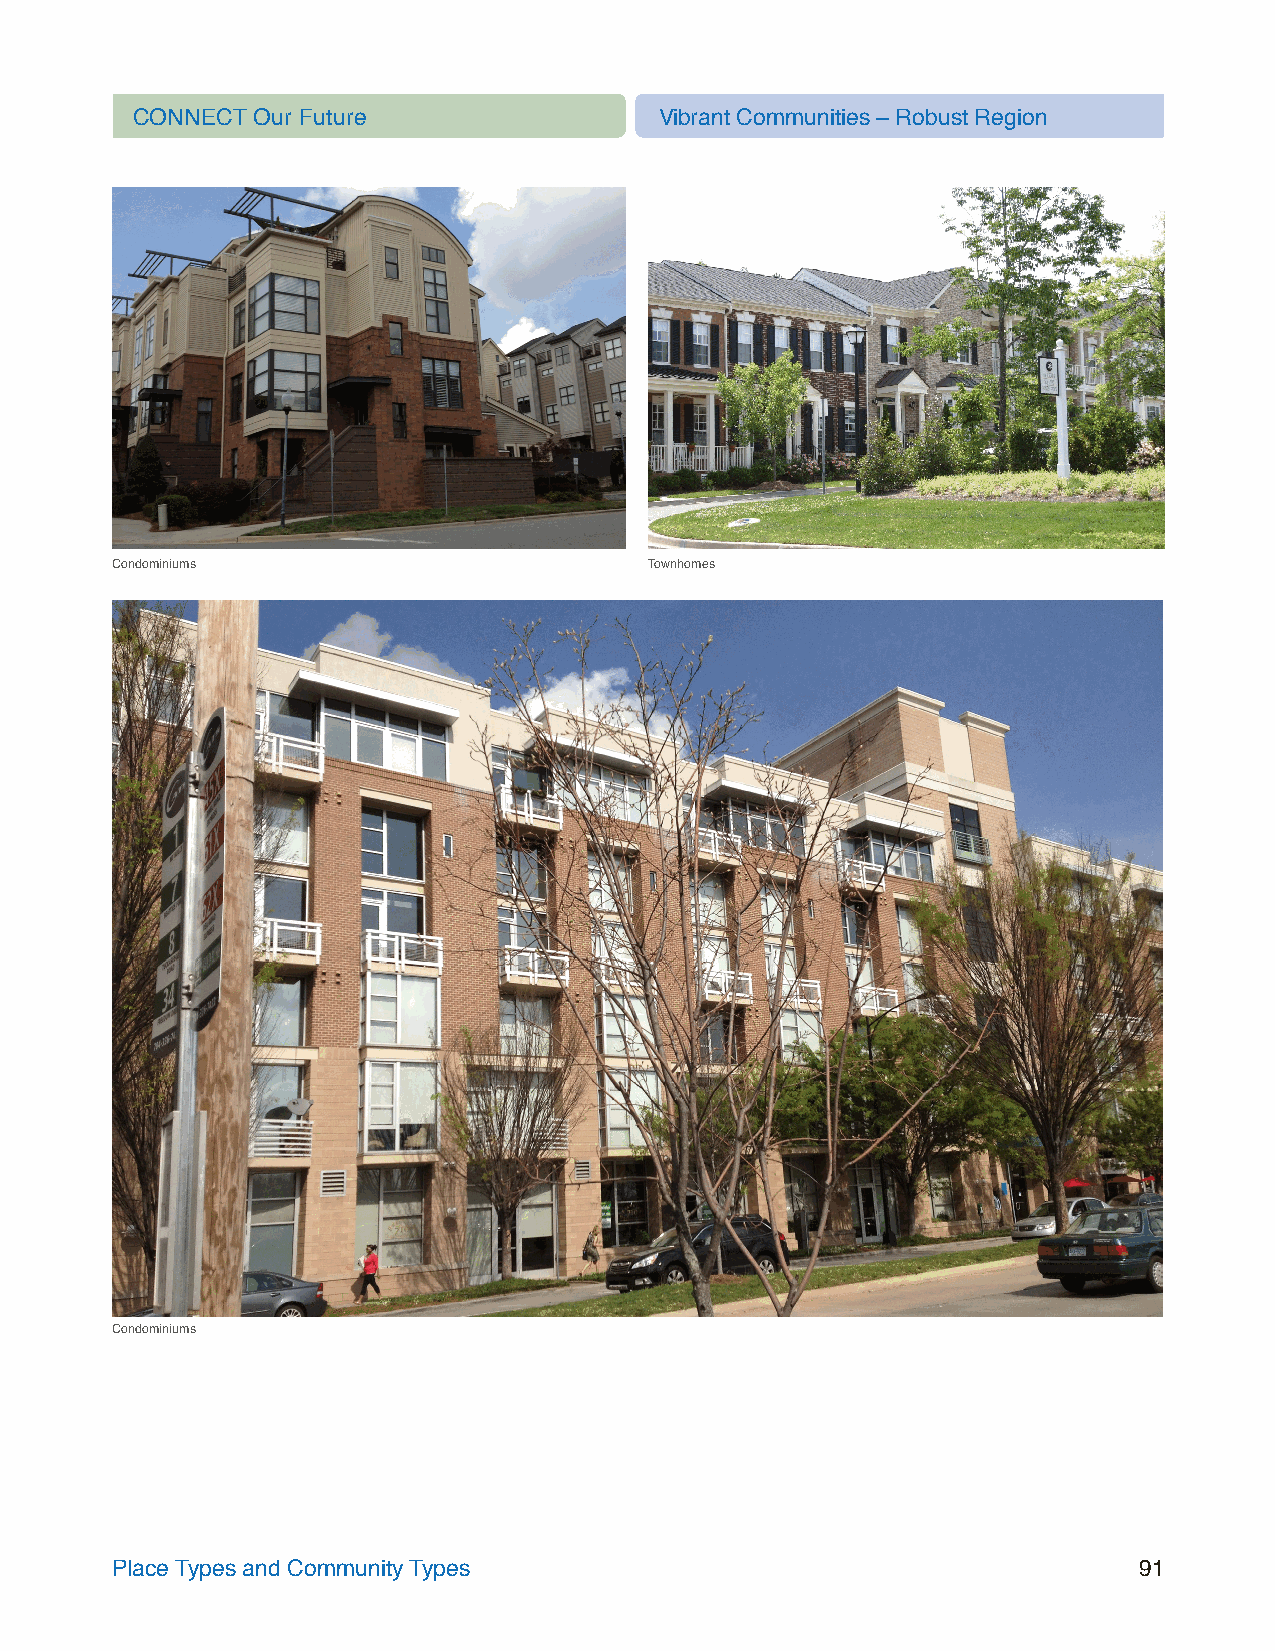
CONNECT Our Future                 Vibrant Communities – Robust Region
 Condominiums                        Townhomes
 Condominiums
 Place Types and Community Types                                     91